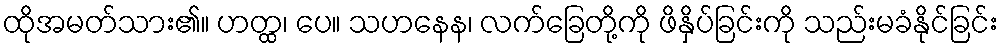
ထိုအမတ်သား၏။ ဟတ္ထ၊ ပေ။ သဟနေန၊ လက်ခြေတို့ကို ဖိနှိပ်ခြင်းကို သည်းမခံနိုင်ခြင်း